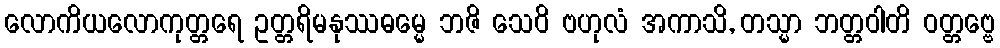
လောကိယလောကုတ္တရေ ဥတ္တရိမနုဿဓမ္မေ ဘဇိ သေဝိ ဗဟုလံ အကာသိ, တသ္မာ ဘတ္တဝါတိ ဝတ္တဗ္ဗေ